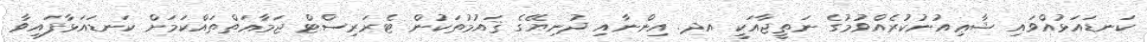
ކަނޑައަޅުއްވައި ޝާޢިއުނުކުރެއްވުމުގެ ނަތީޖާއަކީ އދ. އިންނާއި ދުނިޔޭގެ ޤައުމުތަކުން ޓެރަރިސްޓް ޖަމާޢަތްތައްކަމަށް ކަނޑައަޅާފައިވާ